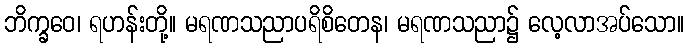
ဘိက္ခဝေ၊ ရဟန်းတို့။ မရဏသညာပရိစိတေန၊ မရဏသညာ၌ လေ့လာအပ်သော။